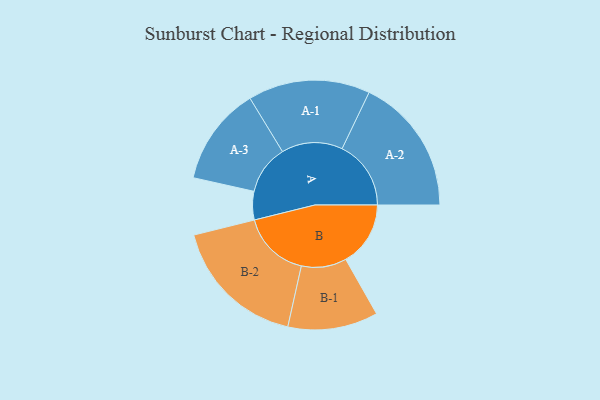
{"axis": {"x": "Segment", "y": "Value"}, "legend": ["", "A", "B"], "data": [{"x": "A", "y": 123, "type": ""}, {"x": "B", "y": 280, "type": ""}, {"x": "A-1", "y": 264, "type": "A"}, {"x": "A-2", "y": 298, "type": "A"}, {"x": "A-3", "y": 213, "type": "A"}, {"x": "B-1", "y": 195, "type": "B"}, {"x": "B-2", "y": 294, "type": "B"}]}